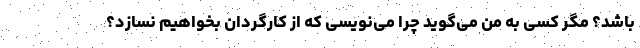
باشد؟ مگر کسی به من می‌گوید چرا می‌نویسی که از کارگردان بخواهیم نسازد؟